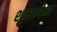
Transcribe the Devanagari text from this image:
शून्यापेक्षा